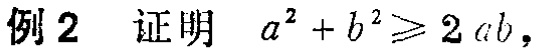
例2 证明 \(a^{2}+b^{2}\geqslant 2ab\)